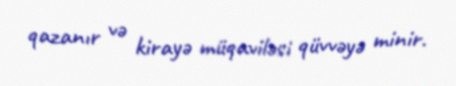
qazanır və kirayə müqaviləsi qüvvəyə minir.